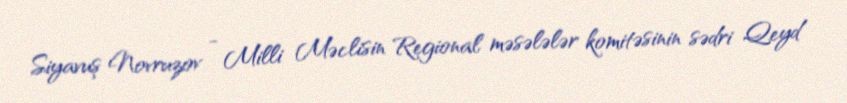
Siyavuş Novruzov - Milli Məclisin Regional məsələlər komitəsinin sədri Qeyd